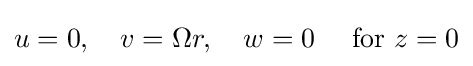
u=0,\quad v=\Omega r,\quad w=0\quad {\text{ for }}z=0